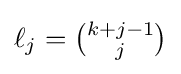
\ell _{j}={\tbinom {k+j-1}{j}}